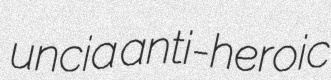
uncia anti-heroic